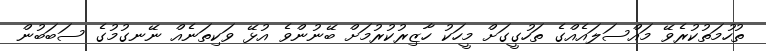
ތުހުމަތުކުރެވޭ މައްސަލައެއްގެ ތަހުގީގަށް މީހަކު ހާޒިރުކުރުމަށް ބޭނުންވެ އުޅޭ ވަކިތަނެއް ނޭނގުމުގެ ސަބަބުން